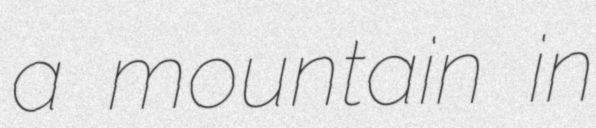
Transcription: a mountain in